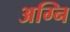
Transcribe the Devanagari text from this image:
अग्‍नि